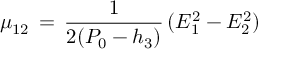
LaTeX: \mu _ { 1 2 } \, = \, { \frac { 1 } { 2 ( P _ { 0 } - h _ { 3 } ) } } \, ( E _ { 1 } ^ { 2 } - E _ { 2 } ^ { 2 } )